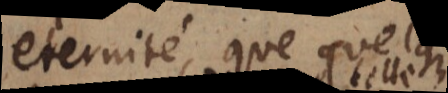
eternité, que je